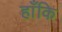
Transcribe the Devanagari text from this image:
हाँकि